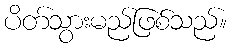
ပိတ်သွားမည်ဖြစ်သည်။